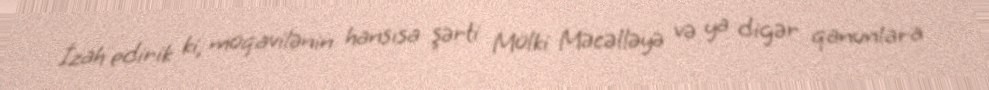
İzah edirik ki, müqavilənin hansısa şərti Mülki Məcəlləyə və ya digər qanunlara